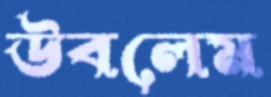
উবলেম